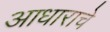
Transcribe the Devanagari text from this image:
आधाराचे